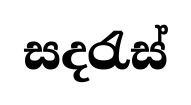
සදරැස්